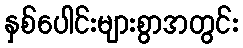
နှစ်ပေါင်းများစွာအတွင်း